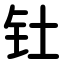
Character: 钍